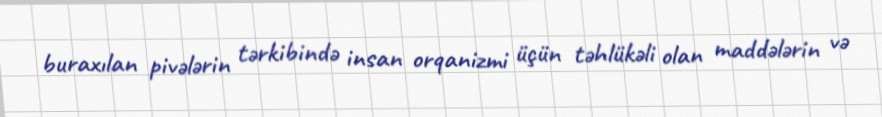
buraxılan pivələrin tərkibində insan orqanizmi üçün təhlükəli olan maddələrin və